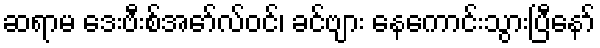
ဆရာမ ဒေးဗီးစ်အော်လ်ဝင်၊ ခင်ဗျား နေကောင်းသွားပြီနော်